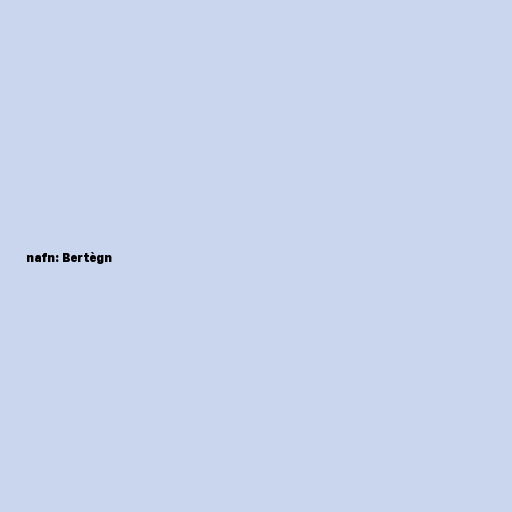
nafn: Bertègn